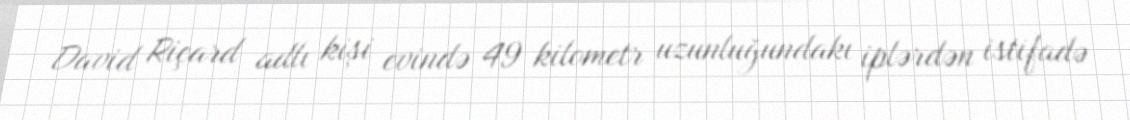
David Riçard adlı kişi evində 49 kilometr uzunluğundakı iplərdən istifadə